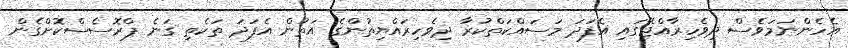
އެހެންނަމަވެސް ދިވެހިރާއްޖޭގައި އެފަދަ މަސައްކަތްކުރާ ދިވެހިރައްޔިތުންގެ އަތުން އެފަދަ ތަކެތި ގަނެ ޕްރޮސެސްކޮށްގެން